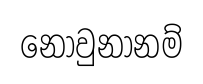
නොවුනානම්